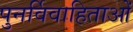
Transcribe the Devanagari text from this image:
पुनर्विवाहिताओं